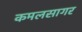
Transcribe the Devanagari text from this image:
कमलसागर